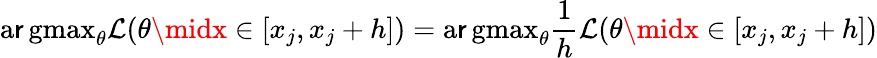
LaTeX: \operatorname{a\mathsf{r}gmax}_{\theta}{\mathcal{{L}}}(\theta\midx\in[x_{j},x_{j}+h])=\operatorname{a\mathsf{r}gmax}_{\theta}{\frac{{1}}{{h}}}{\mathcal{{L}}}(\theta\midx\in[x_{j},x_{j}+h])